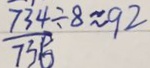
\frac { 7 3 4 } { 7 3 5 } \div 8 \approx 9 2